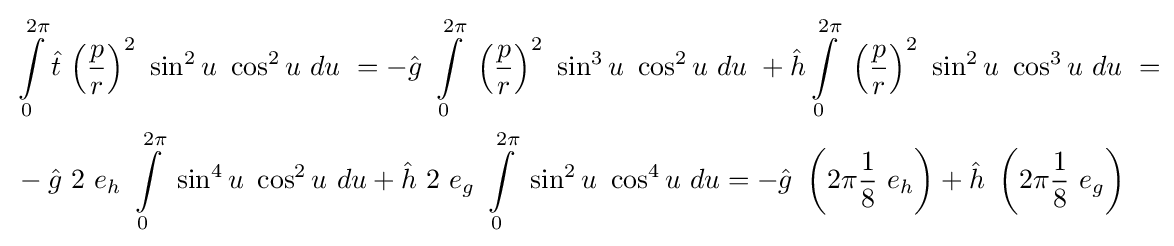
{\begin{aligned}&\int \limits _{0}^{2\pi }{\hat {t}}\ {\left({\frac {p}{r}}\right)}^{2}\ \sin ^{2}u\ \cos ^{2}u\ du\ =-{\hat {g}}\ \int \limits _{0}^{2\pi }\ {\left({\frac {p}{r}}\right)}^{2}\ \sin ^{3}u\ \cos ^{2}u\ du\ +{\hat {h}}\int \limits _{0}^{2\pi }\ {\left({\frac {p}{r}}\right)}^{2}\ \sin ^{2}u\ \cos ^{3}u\ du\ =\\&-{\hat {g}}\ 2\ e_{h}\ \int \limits _{0}^{2\pi }\ \sin ^{4}u\ \cos ^{2}u\ du+{\hat {h}}\ 2\ e_{g}\ \int \limits _{0}^{2\pi }\ \sin ^{2}u\ \cos ^{4}u\ du=-{\hat {g}}\ \left(2\pi {\frac {1}{8}}\ e_{h}\right)+{\hat {h}}\ \left(2\pi {\frac {1}{8}}\ e_{g}\right)\end{aligned}}